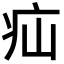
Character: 疝